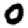
Digit: 0